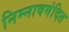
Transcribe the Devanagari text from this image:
निम्नावमंदित